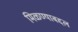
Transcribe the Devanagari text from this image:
मिळण्याबद्दल